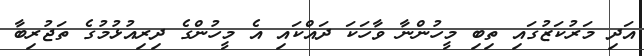
އަދި މަރުކަޒުގައި ތިބި މީހުންނާ ވާހަކަ ދައްކައި އެ މީހުންގެ ދިރިއުޅުމުގެ ތަޖުރިބާ